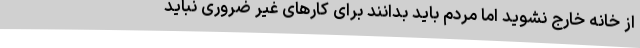
از خانه خارج نشوید اما مردم باید بدانند برای کارهای غیر ضروری نباید